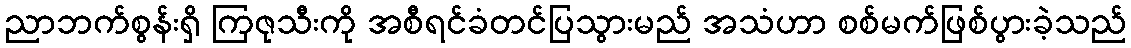
ညာဘက်စွန်းရှိ ကြဇုသီးကို အစီရင်ခံတင်ပြသွားမည် အသံဟာ စစ်မက်ဖြစ်ပွားခဲ့သည်